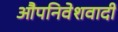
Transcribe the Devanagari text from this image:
औपनिवेशवादी